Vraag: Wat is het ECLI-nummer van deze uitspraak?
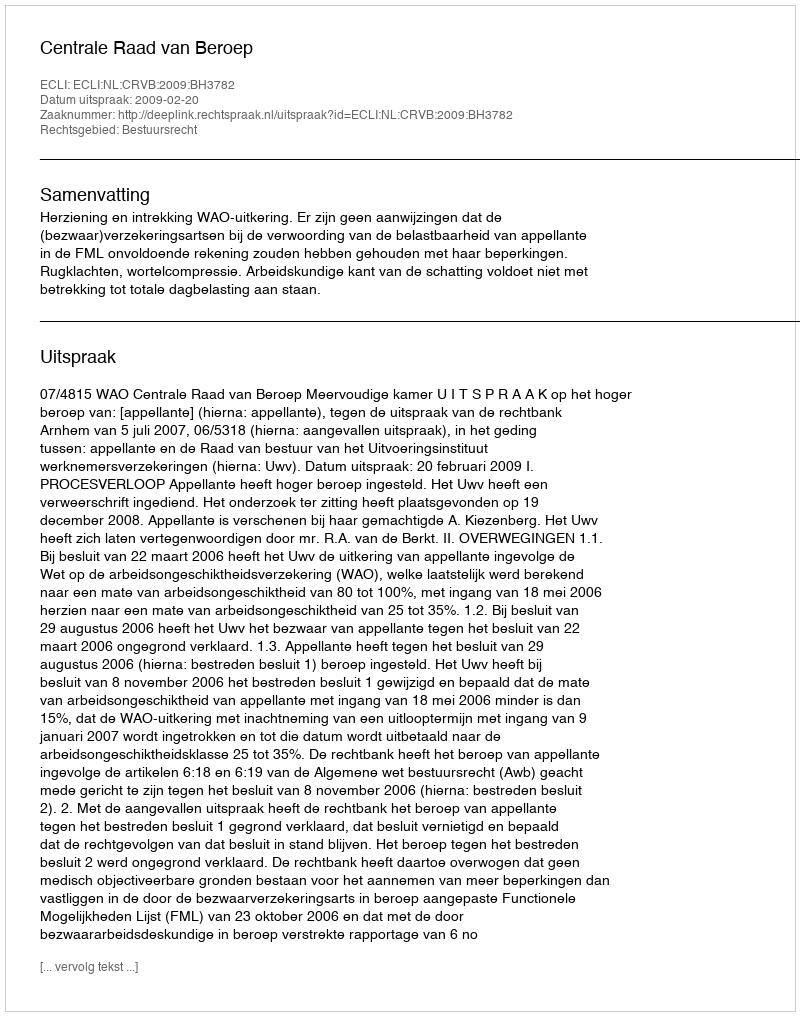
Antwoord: ECLI:NL:CRVB:2009:BH3782